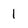
Character: 1